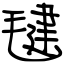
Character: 毽